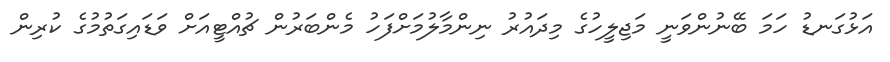
އަޅުގަނޑު ހަމަ ބޭނުންވަނީ މަޖިލީހުގެ މިދައުރު ނިންމާލުމަށްފަހު މެންބަރުން ޗުއްޓީއަށް ވަޑައިގަތުމުގެ ކުރިން